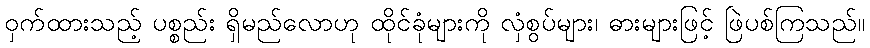
ဝှက်ထားသည့် ပစ္စည်း ရှိမည်လောဟု ထိုင်ခုံများကို လှံစွပ်များ၊ ဓားများဖြင့် ဖြဲပစ်ကြသည်။